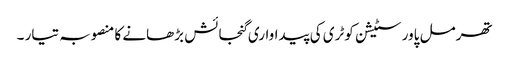
تھرمل پاور سٹیشن کوٹری کی پیداواری گنجائش بڑھانے کا منصوبہ تیار ۔